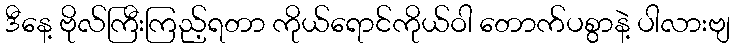
ဒီနေ့ ဗိုလ်ကြီးကြည့်ရတာ ကိုယ်ရောင်ကိုယ်ဝါ တောက်ပစွာနဲ့ ပါလားဗျ